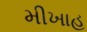
મીખાહ